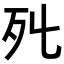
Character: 𣦾